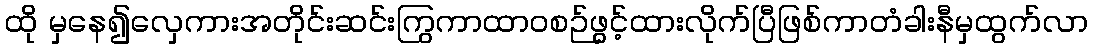
ထို မှနေ၍လှေကားအတိုင်းဆင်းကြွကာထာဝစဉ်ဖွင့်ထားလိုက်ပြီဖြစ်ကာတံခါးနီမှထွက်လာ